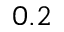
0 . 2